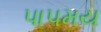
પાપમય